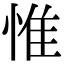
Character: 惟